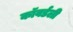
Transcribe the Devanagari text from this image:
कॉवर्डली